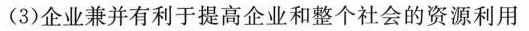
(3)企业兼并有利于提高企业和整个社会的资源利用